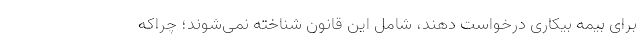
برای بیمه بیکاری درخواست دهند، شامل این قانون شناخته نمی‌شوند؛ چراکه